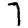
Digit: 7